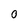
Character: 0